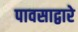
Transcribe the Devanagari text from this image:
पावसाद्वारे